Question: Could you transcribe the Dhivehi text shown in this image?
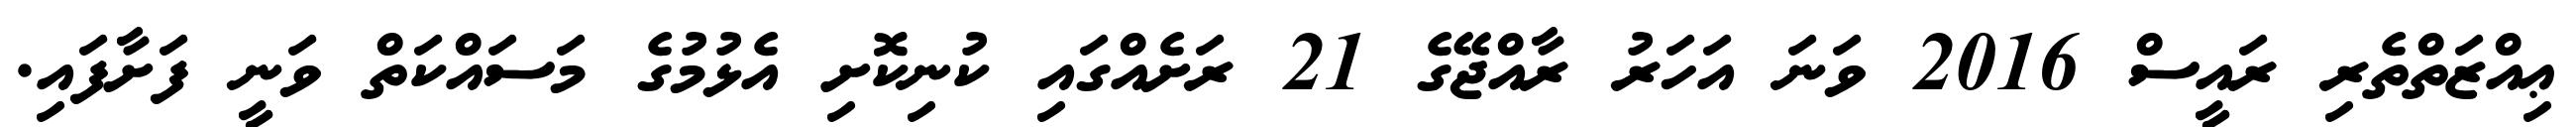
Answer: ޢިއްޒަތްތެރި ރައީސް 2016 ވަނަ އަހަރު ރާއްޖޭގެ 21 ރަށެއްގައި ކުނިކޮށި އެޅުމުގެ މަސައްކަތް ވަނީ ފަށާފައި.